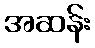
အဆန်း